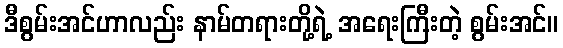
ဒီစွမ်းအင်ဟာလည်း နာမ်တရားတို့ရဲ့ အရေးကြီးတဲ့ စွမ်းအင်။